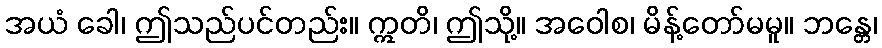
အယံ ခေါ၊ ဤသည်ပင်တည်း။ ဣတိ၊ ဤသို့။ အဝေါစ၊ မိန့်တော်မမူ။ ဘန္တေ၊